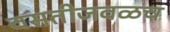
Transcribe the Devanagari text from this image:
वसतीजवळच